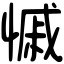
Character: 慽